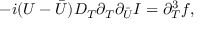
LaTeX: - i ( U - { \bar { U } } ) D _ { T } \partial _ { T } \partial _ { \bar { U } } { \cal I } = \partial _ { T } ^ { 3 } f ,